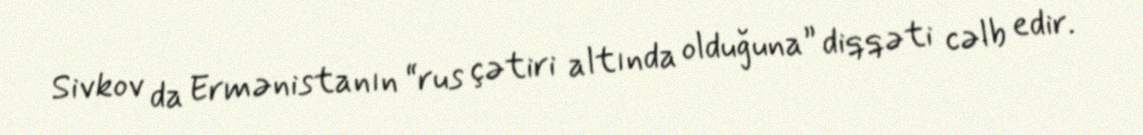
Sivkov da Ermənistanın “rus çətiri altında olduğuna” diqqəti cəlb edir.